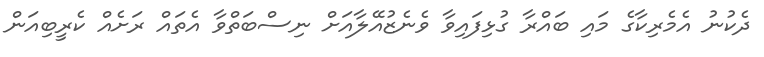
ދެކުނު އެމެރިކާގެ މައި ބައްރާ ގުޅިފައިވާ ވެނެޒުއޭލާއަށް ނިސްބަތްވާ އެތައް ރަށެއް ކެރީބިއަން